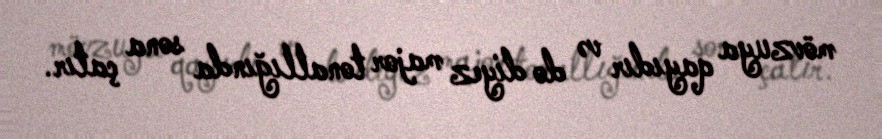
mövzuya qayıdır və do diyez major tonallığında sona çatır.